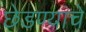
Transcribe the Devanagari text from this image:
छेडण्याचे